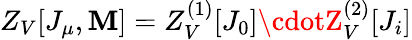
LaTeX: Z_{V}[J_{\mu},\mathbf{M}]=Z_{V}^{(1)}[J_{0}]\cdotZ_{V}^{(2)}[J_{i}]